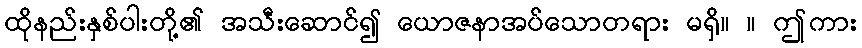
ထိုနည်းနှစ်ပါးတို့၏ အသီးဆောင်၍ ယောဇနာအပ်သောတရား မရှိ။ ။ ဤကား